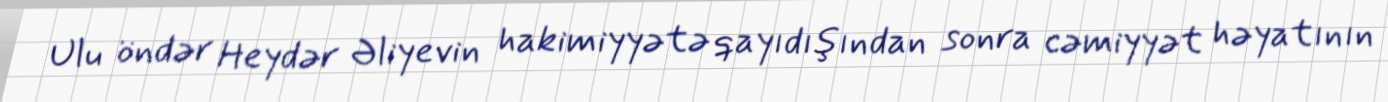
Ulu öndər Heydər Əliyevin hakimiyyətə qayıdışından sonra cəmiyyət həyatının